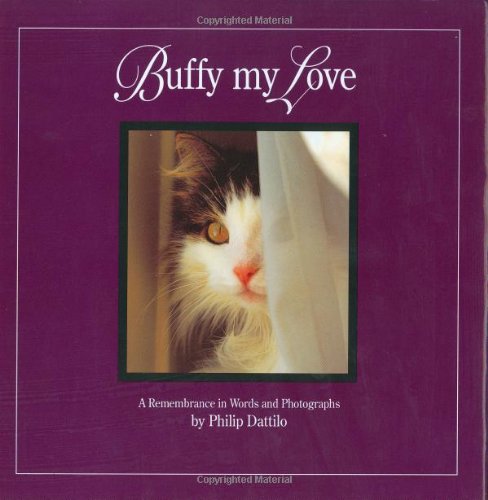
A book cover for Buffy My Love: A Remembrance in Words and Photographs; Philip Dattilo; Crafts, Hobbies & Home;